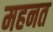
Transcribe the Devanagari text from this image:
महनत